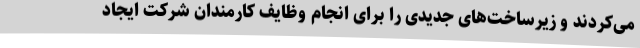
می‌کردند و زیرساخت‌های جدیدی را برای انجام وظایف کارمندان شرکت ایجاد